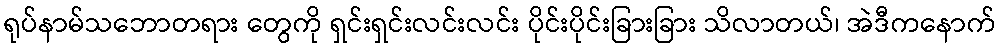
ရုပ်နာမ်သဘောတရား တွေကို ရှင်းရှင်းလင်းလင်း ပိုင်းပိုင်းခြားခြား သိလာတယ်၊ အဲဒီကနောက်